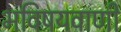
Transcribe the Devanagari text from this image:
भविषयवाणी